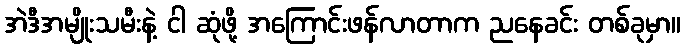
အဲဒီအမျိုးသမီးနဲ့ ငါ ဆုံဖို့ အကြောင်းဖန်လာတာက ညနေခင်း တစ်ခုမှာ။